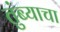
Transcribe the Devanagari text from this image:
तुंब्याचा